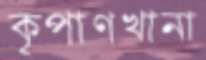
কৃপাণখানা